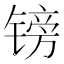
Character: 镑